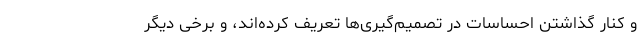
و کنار گذاشتن احساسات در تصمیم‌گیری‌ها تعریف کرده‌اند، و برخی دیگر